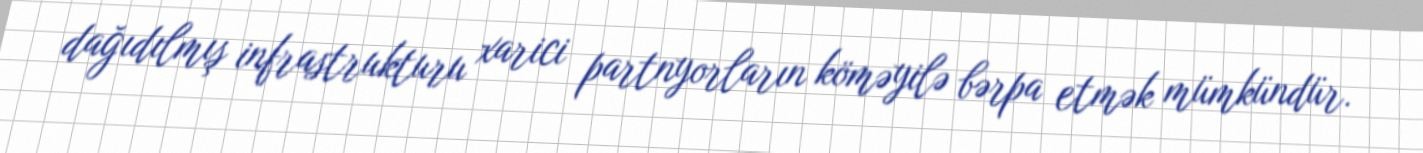
dağıdılmış infrastrukturu xarici partnyorların köməyilə bərpa etmək mümkündür.